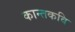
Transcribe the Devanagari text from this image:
कान्तकवि